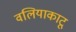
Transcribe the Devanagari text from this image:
वलियाकाटू